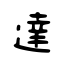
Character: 達